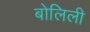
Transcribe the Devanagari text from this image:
बोलिली